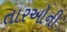
તારઓની